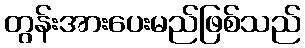
တွန်းအားပေးမည်ဖြစ်သည်